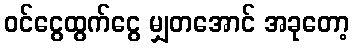
ဝင်ငွေထွက်ငွေ မျှတအောင် အခုတော့